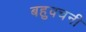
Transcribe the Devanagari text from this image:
बहुवचनी